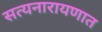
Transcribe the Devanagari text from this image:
सत्यनारायणात